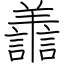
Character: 譱